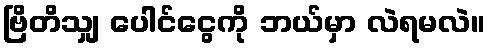
ဗြိတိသျှ ပေါင်ငွေကို ဘယ်မှာ လဲရမလဲ။